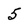
Character: 5